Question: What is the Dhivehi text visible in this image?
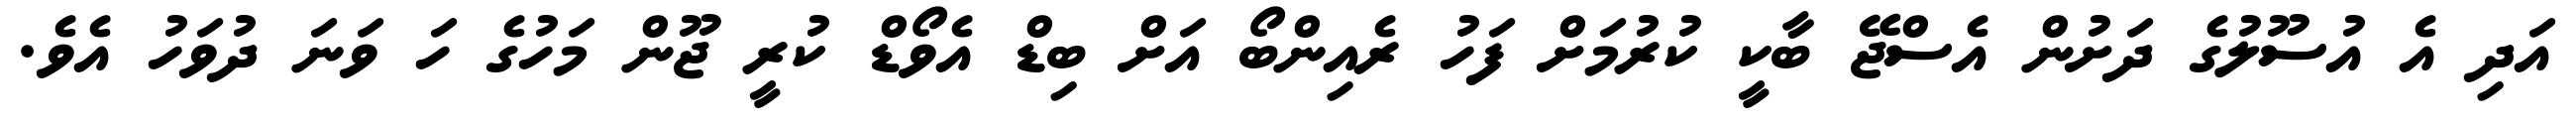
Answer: އަދި އެ އުސޫލުގެ ދަށުން އެސްޖޭ ބާކީ ކުރުމަށް ފަހު ރެއިންބޯ އަށް ބިޑް އެވޯޑް ކުރީ ޖޫން މަހުގެ ހަ ވަނަ ދުވަހު އެވެ.